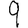
Digit: 9